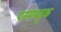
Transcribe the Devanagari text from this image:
परमभट्टक